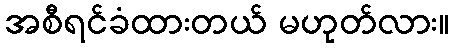
အစီရင်ခံထားတယ် မဟုတ်လား။